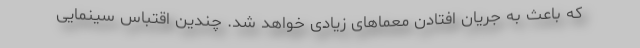
که باعث به جریان افتادن معماهای زیادی خواهد شد. چندین اقتباس سینمایی